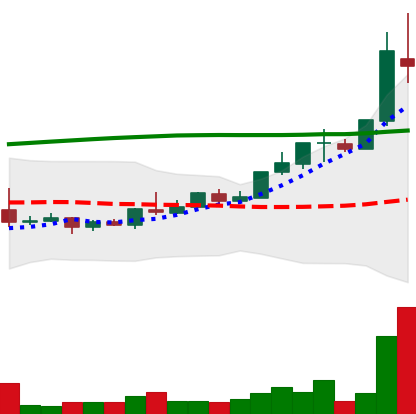
Ticker: TRX-USD
Chart end date: 2018-04-25
Forward return: 33.938%
Label: up_7plus